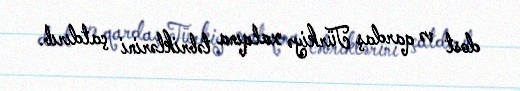
dost və qardaş Türkiyə xalqına təbriklərini çatdırıb.